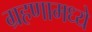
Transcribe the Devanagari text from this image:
ग्रहणामध्ये